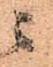
ニ